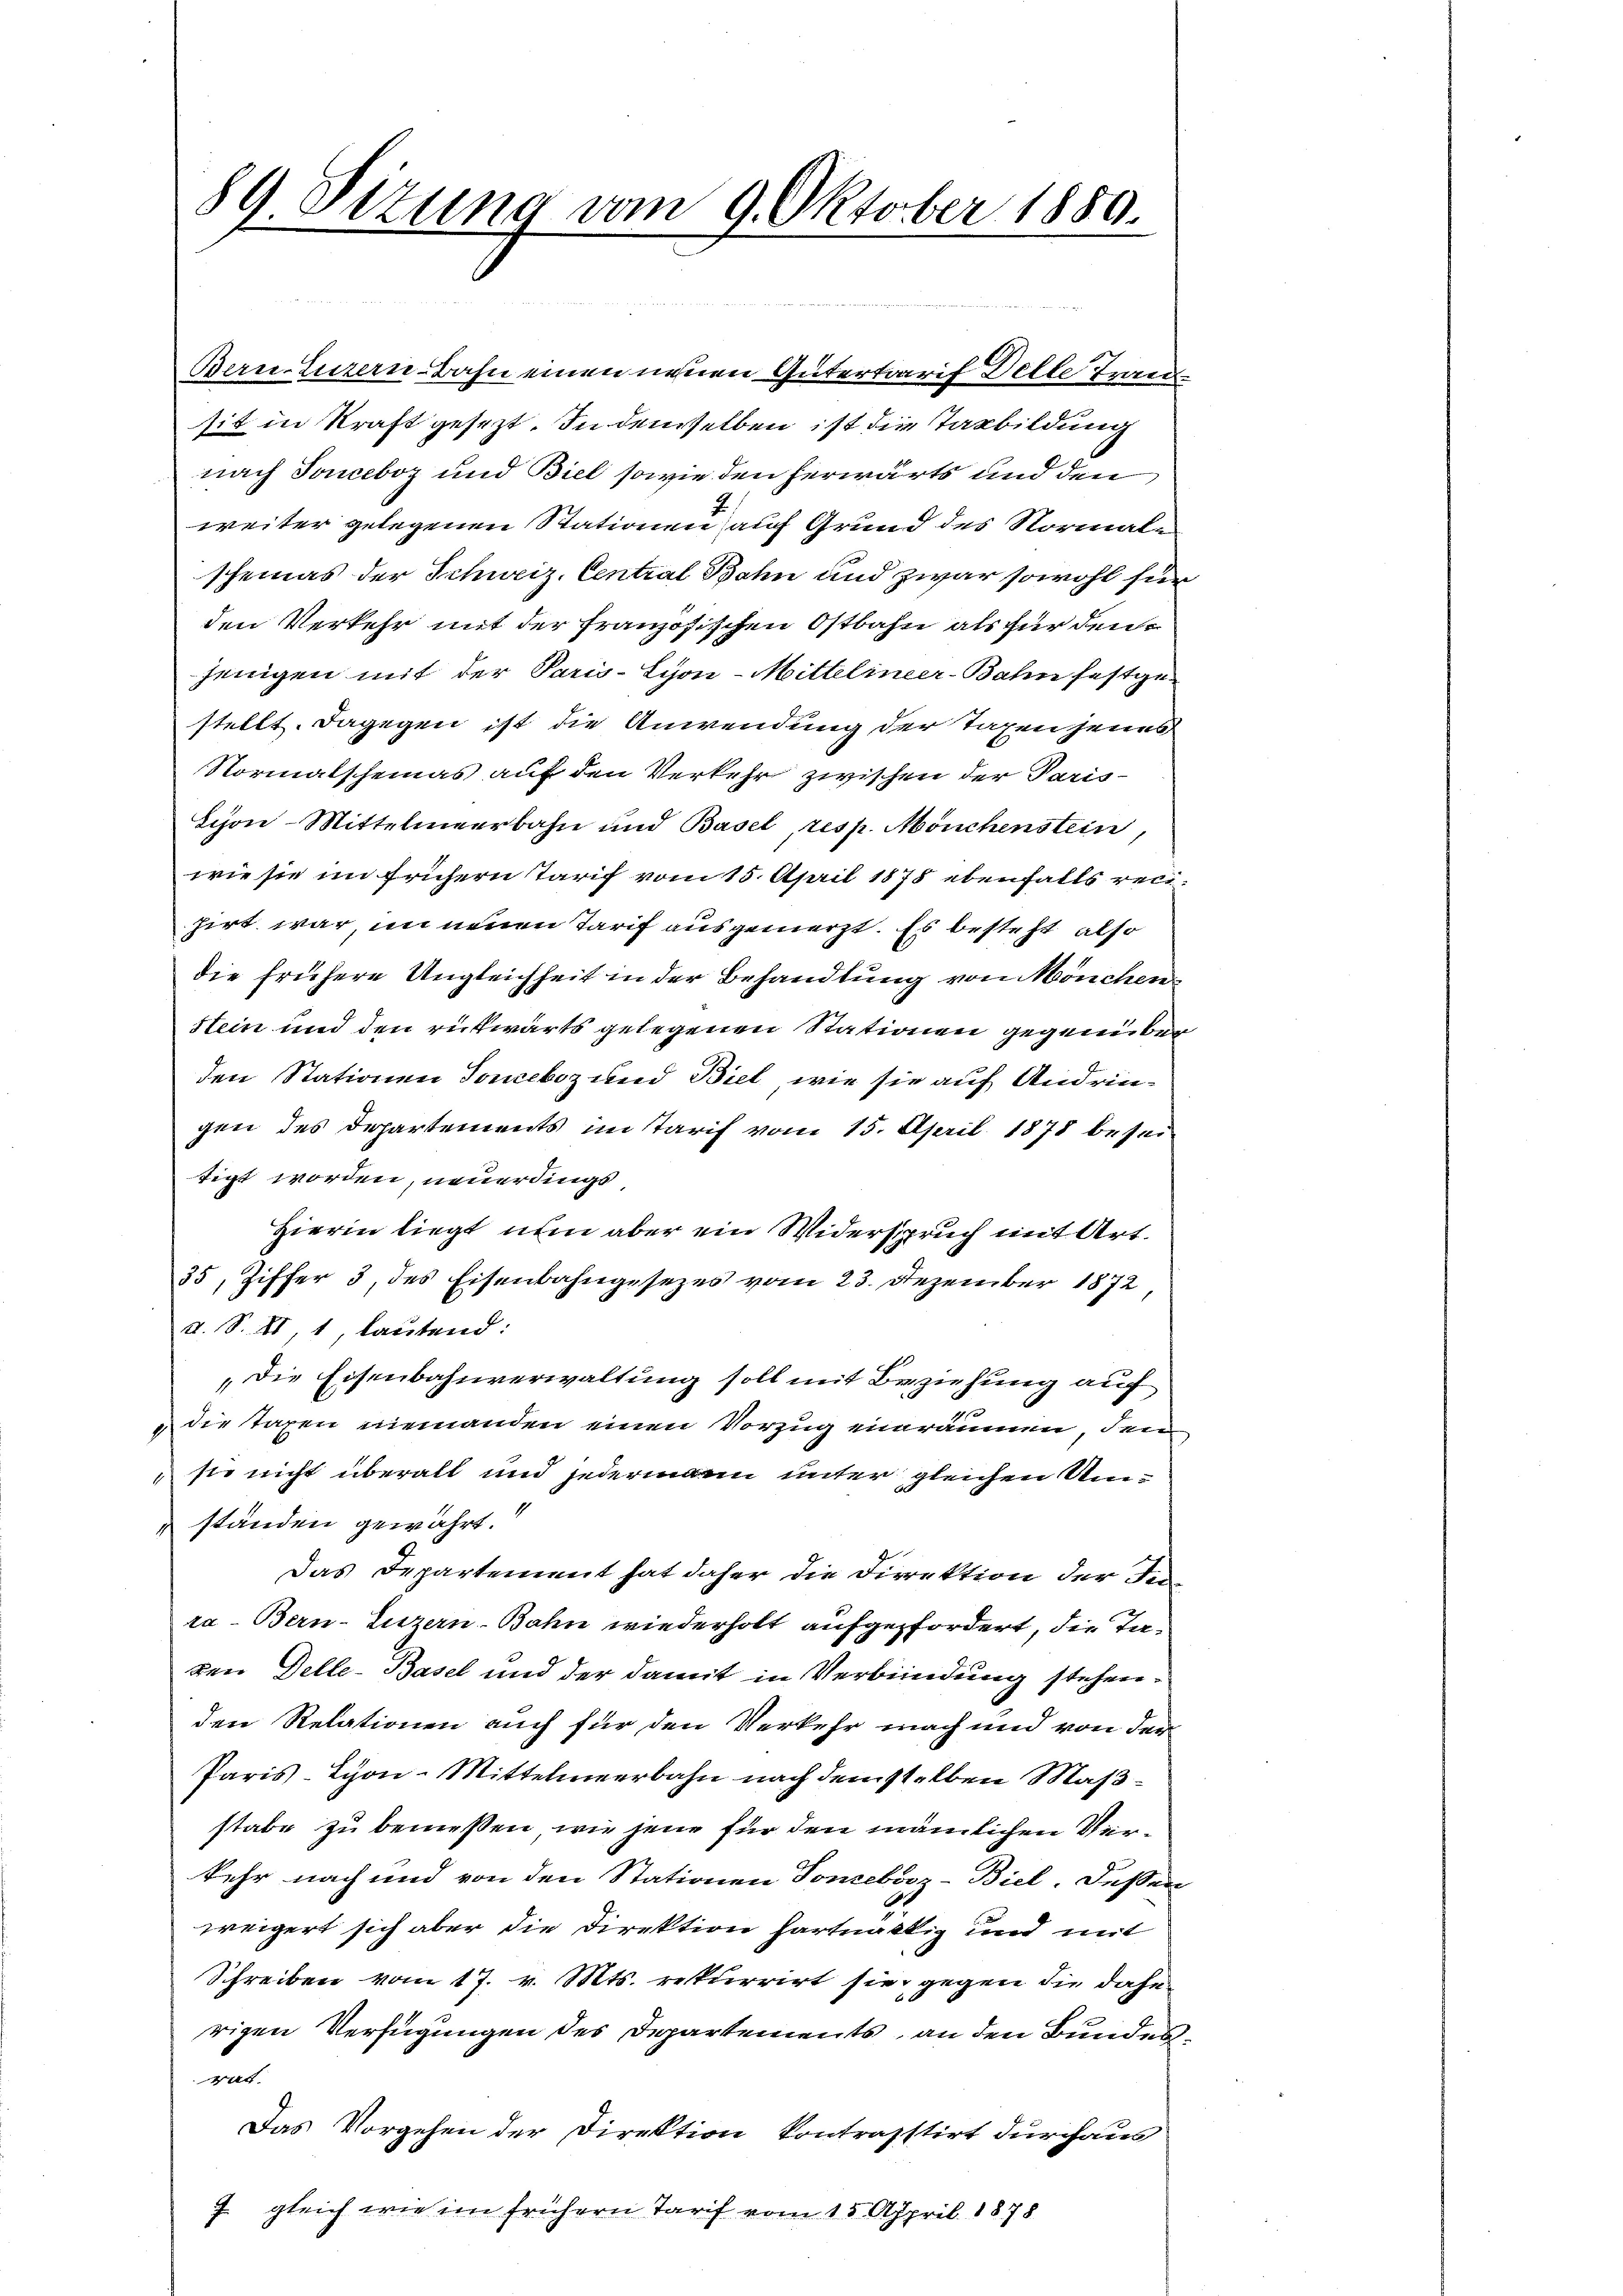
Bern, Luzern-Bahn einen neuen Gütertraris Delle Ingen
sit in Kraft gesezt. In denselben ist die Taxbildung
nach Souceboz und Biel sowie den herwärts und den
weiter gelegenen Stationen auf Grund des Normale
scheines der Schweiz. Central Bahn und zwar sowohl für
den Verkehr mit der französischen Ostbahn als für den
jenigen mit der Paris-Syon-Mitteliner-Bahn festgestellt. Dagegen ist die Anwendung der Taxen jenes
Normalscheinas auf den Verkehr zwischen der Paris¬
Sijon-Mittelmeerbahn und Basel, resp. Mönchenstein,
wie sie im frühern Tarif vom 15. April 1878 ebenfalls recihirt war in neuen Tarif ausgemerzt. Es besteht also
die frühere Ungleichheit in der Behandlung von Mönchen
stein und den rückwärts gelegenen Stationen gegenüber
den Stationen Toneboz und Biel, wie sie auf Andringen des Departements im Tarif vom 15. April 1878 beseitigt worden, neuerdings
Hierin liegt num aber ein Widerspruch mit Art.
35, Ziffer 3, des Eisenbahngesezes vom 23. Dezember 1872,
X. S. II 1, lautend:
Die Eisenbahnverwaltung soll mit Beziehung auf
 die Taxen niemanden einen Vorzug einräumen, den
sie nicht überall und jedermann unter gleichen Umständen gewährt.
Das Departement hat daher die Direktion der Ju
ra-Bern-Luzern-Bahn wiederholt aufgefordert, die Taven Delle-Basel und der damit in Verbindung stehenden Relationen auch für den Verkehr nach und von der
Paris-Syon-Mittelmeerbahn nach demselben Maßstabe zu bemessen, wie jene für den nämlichen Verkehr nach und von den Stationen Toncebosz-Biel. Dessen
weigert sich aber die Direktion hartnättig und mit
Schreiben vom 17. v. Mts. rekurrirt sie, gegen die dahe
rigen Verfügungen des Departements, an den Bunden,
rat.
Das Vorgehen der Direktion kontragstirt durchaus
 gleich wie im frühern Tarif vom 15. Appril 1878

89. Sizung vom 9. Oktober 1889.